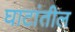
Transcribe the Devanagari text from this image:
घाटांतील